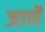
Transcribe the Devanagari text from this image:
जाणैं